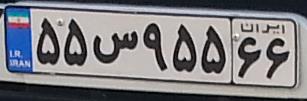
۵۵س۹۵۵۶۶